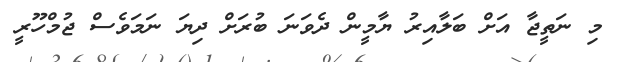
މި ނަތީޖާ އަށް ބަލާއިރު ޔާމީން ދެވަނަ ބުރަށް ދިޔަ ނަމަވެސް ޖުމްހޫރީ